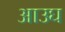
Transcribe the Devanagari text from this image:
आउघ